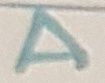
Text: A